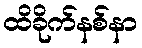
ထိခိုက်နစ်နာ